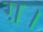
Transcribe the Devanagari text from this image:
ग़।